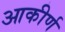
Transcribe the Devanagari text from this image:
आकीर्ण